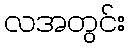
လအတွင်း